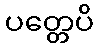
ပတ္တေပိ